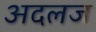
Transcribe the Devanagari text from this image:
अदलज